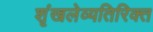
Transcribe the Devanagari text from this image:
शृंखलेव्यतिरिक्त